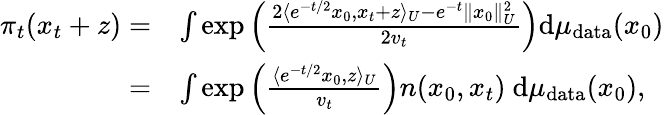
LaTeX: \begin{array}{rl}{\pi_{t}(x_{t}+z)=}&{\int\exp\left(\frac{2\langle e^{-t/2}x_{0},x_{t}+z\rangle_{U}-e^{-t}\| x_{0}\| _{U}^{2}}{2v_{t}}\right)\mathrm{d}\mu_{\mathrm{data}}(x_{0})}\\ {=}&{\int\exp\left(\frac{\langle e^{-t/2}x_{0},z\rangle_{U}}{v_{t}}\right)n(x_{0},x_{t})~\mathrm{d}\mu_{\mathrm{data}}(x_{0}),}\end{array}